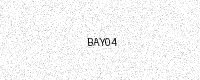
Text: BAY04